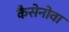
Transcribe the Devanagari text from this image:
कैसेनोवा